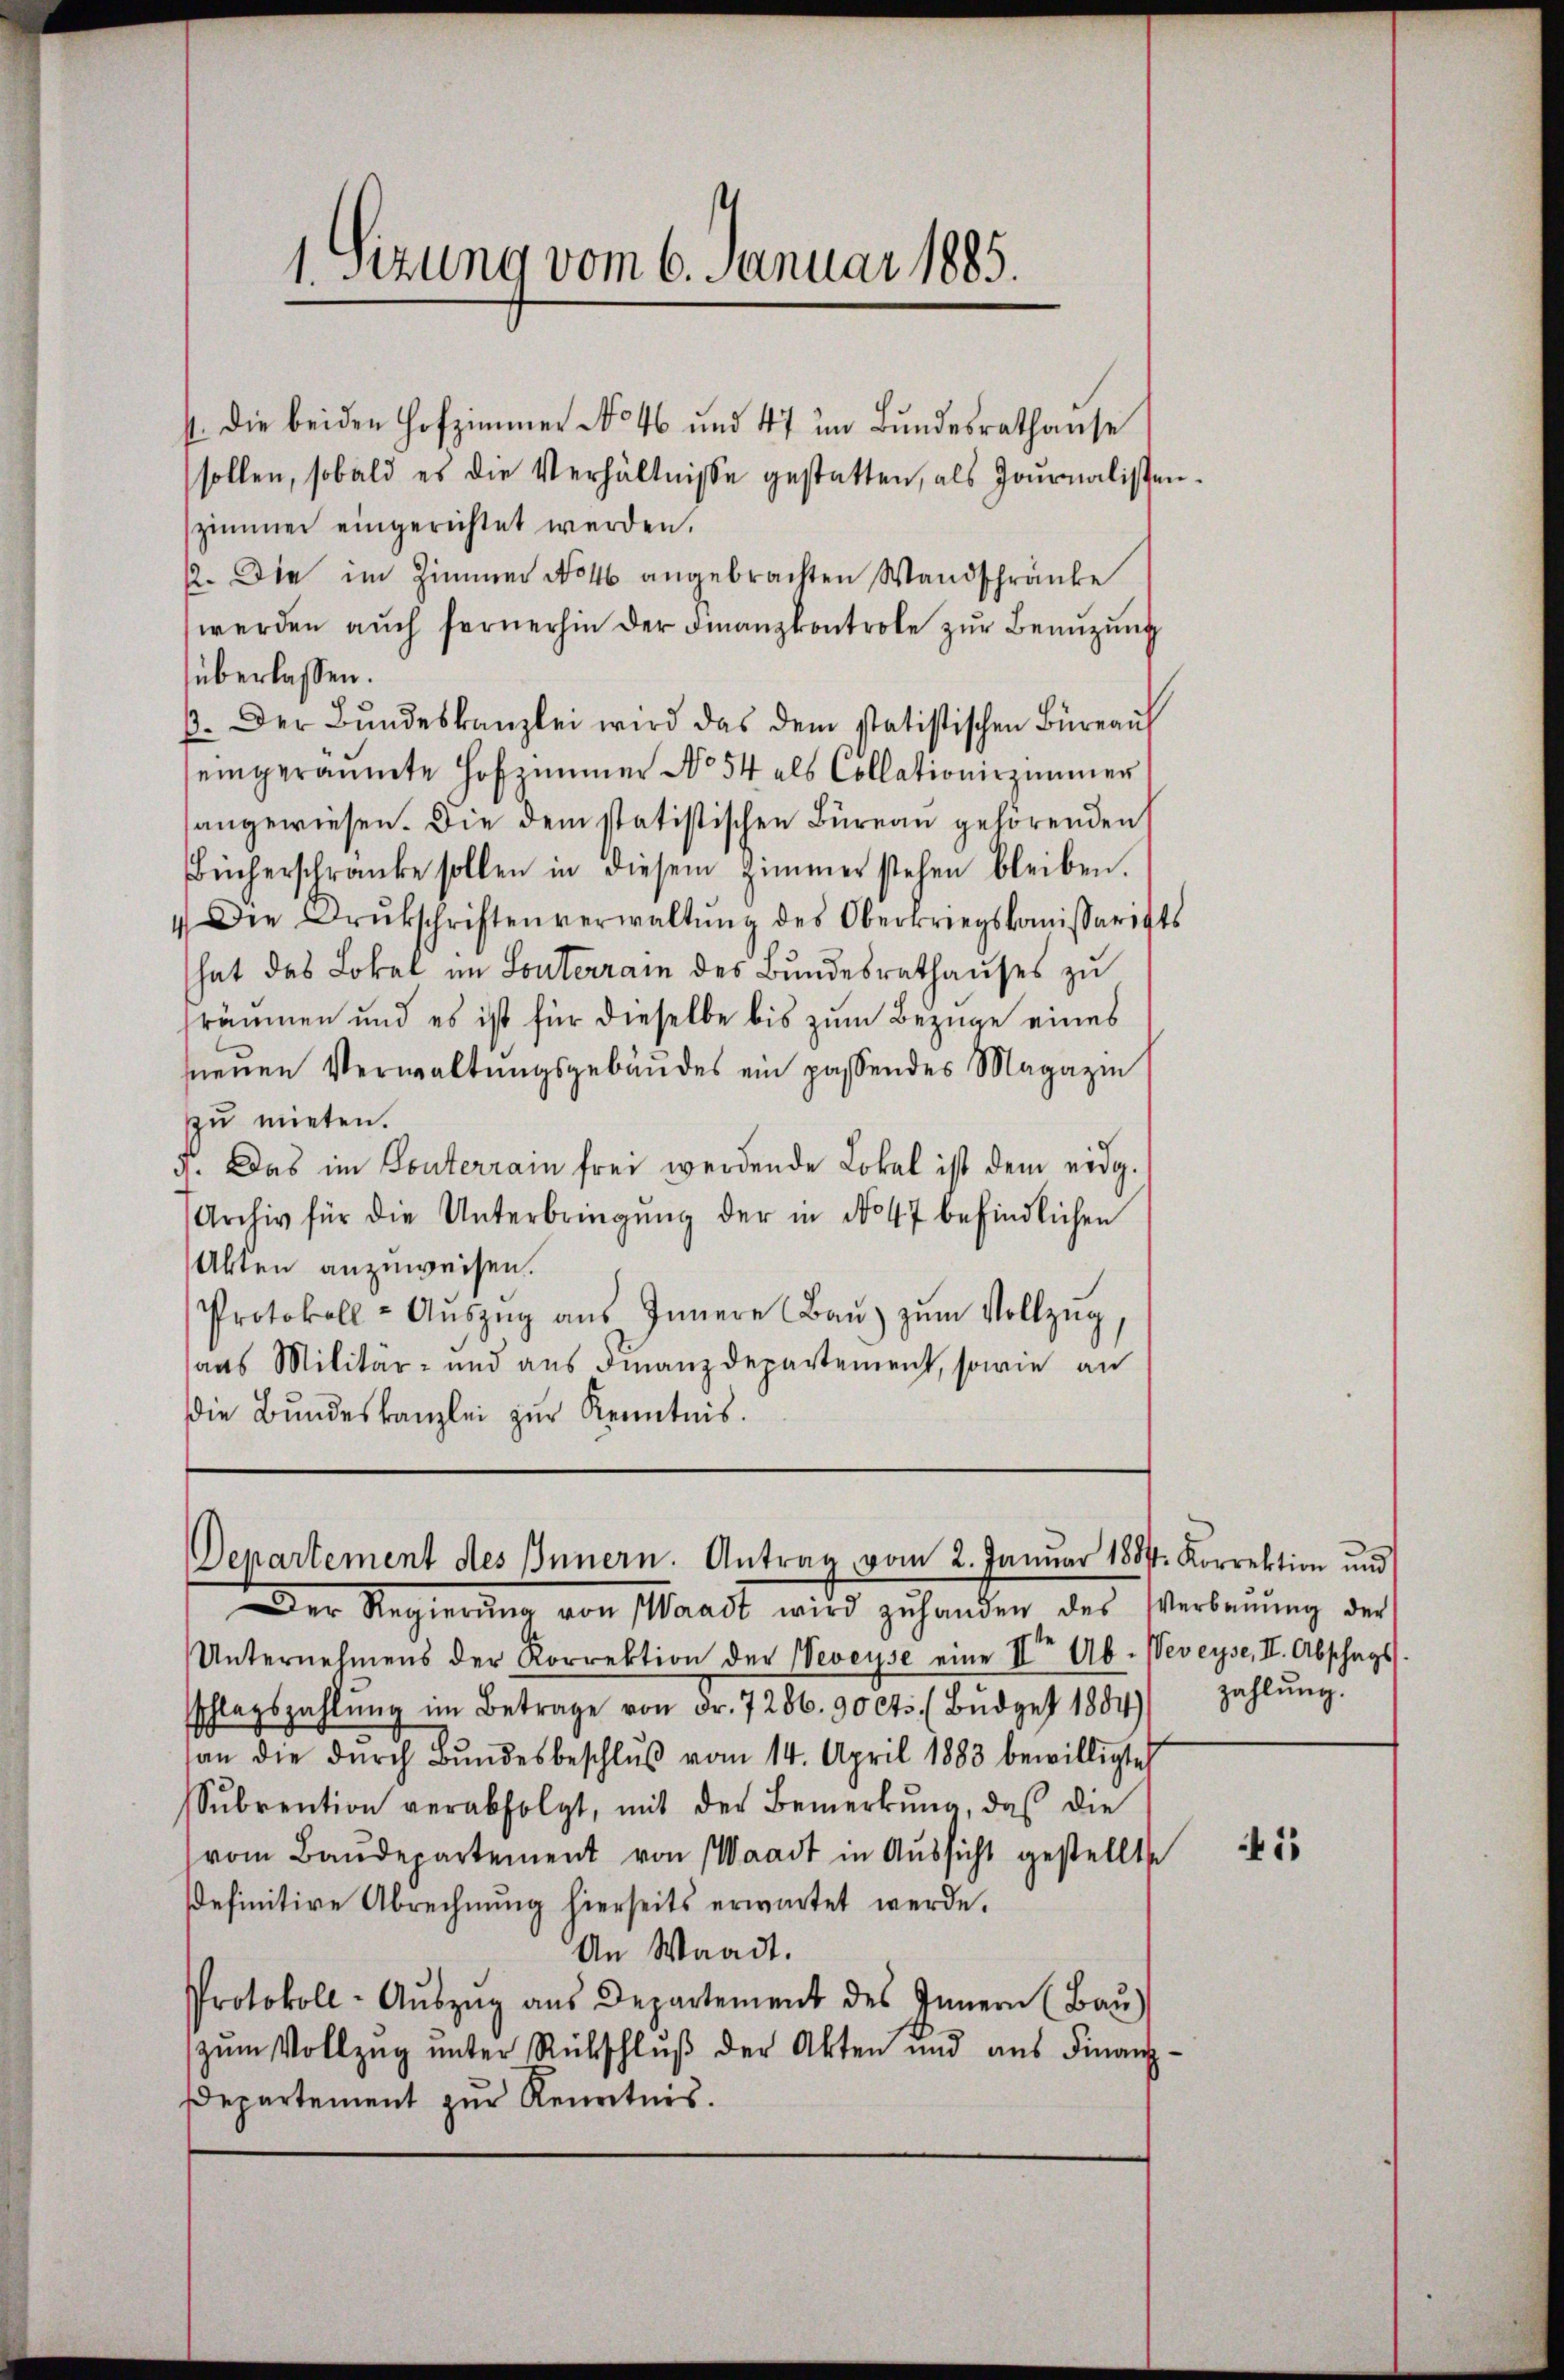
1. Sizung vom 6. Januar 1885.

st. Die beiden Hofzimmer No 46 und 47 im Bundesrathause
sollen, sobald es die Verhältnisse gestatten, als Journalisten
szimmer eingerichtet werden.
. Die im Zimmer No 46 angebrachten Wandschränke
werden auch fernerhin der Finanzkontrole zur Benuzung
überlassen.
ß. Der Bŭndeskanzlei wird das dem statistischen Büreaŭf
eingeräumte Hofzimmer No 54 als Collationirzimmer
sangewiesen. Die dem statistischen Büreau gehörenden
Bücherschränke sollen in diesem Zimmer stehen bleiben.
4 Die Drukschriftenverwaltŭng des Oberkriegskomissaritts
hat das Lokal im Souterrain des Bundesrathauses zu
sräumen und es ist für dieselbe bis zum Bezüge eines
neuen Verwaltungsgebäudes ein passendes Magazin
zu mieten.
a. Das im Ponterrain frei werdende Lokal ist dem eidg.
Archiv für die Unterbringŭng der in No 47 befindlichen
Akten anzuweisen.
Protokoll-Aŭszŭg aŭs Innere Baŭ zŭm Vollzŭg,
aas Militär- und aus Finanzdepartement, sowie an
die Bundeskanzlei zur Kenntnis.

Departement des Innern. Antrag vom 2. Januar 1881. Korrektion und

Der Regierŭng von Waadt wird zŭhanden des Verbaŭŭng der
Unternehmens der Korrektion der Veveyse eine II. Ab. Veveyse, II. Abschags
schlagszahlŭng im Betrage von Fr. 7286. 90 cts. (Bŭdget 1884
san die dŭrch Bŭndesbeschlŭβ vom 14. April 1883 bewilligte
Sŭbrention verabfolgt, mit der Bemerkŭng, das die
vom Baŭdepartement von Waadt in Aussicht gestellte
definitive Abrechnung hierseits erwartet werde.
An Waadt.
Protokoll-Aŭszŭg aŭs Departement des Innern (Baŭ)
zŭm Vollzŭg ŭnter Rückschlŭβ der Akten und aus Finanz-
Departement zur Kenntnis.

zahlung.

41